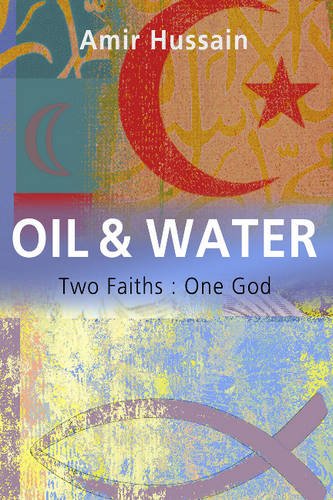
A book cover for Oil & Water: Two Faiths: One God; Amir Hussain; Religion & Spirituality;